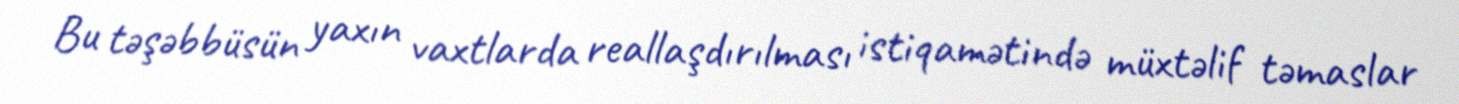
Bu təşəbbüsün yaxın vaxtlarda reallaşdırılması istiqamətində müxtəlif təmaslar